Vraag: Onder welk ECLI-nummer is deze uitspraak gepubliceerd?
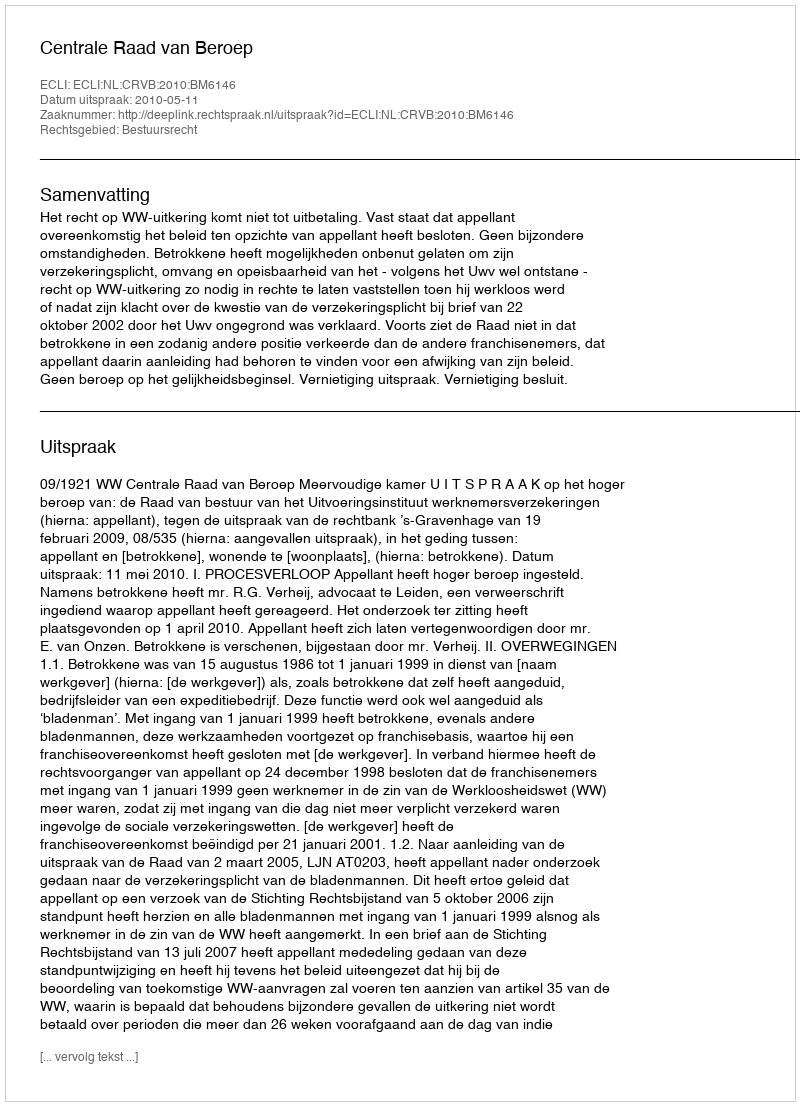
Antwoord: ECLI:NL:CRVB:2010:BM6146